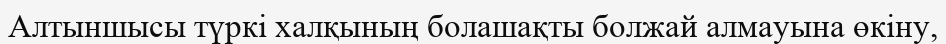
Алтыншысы түркі халқының болашақты болжай алмауына өкіну,